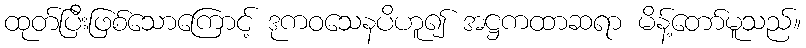
ထုတ်ပြီးဖြစ်သောကြောင့် ဒုကဝသေနပိဟူ၍ အဋ္ဌကထာဆရာ မိန့်တော်မူသည်။